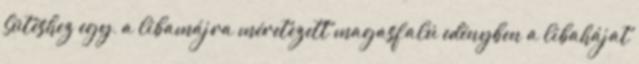
Sütéshez egy, a libamájra méretezett magasfalú edényben a libahájat